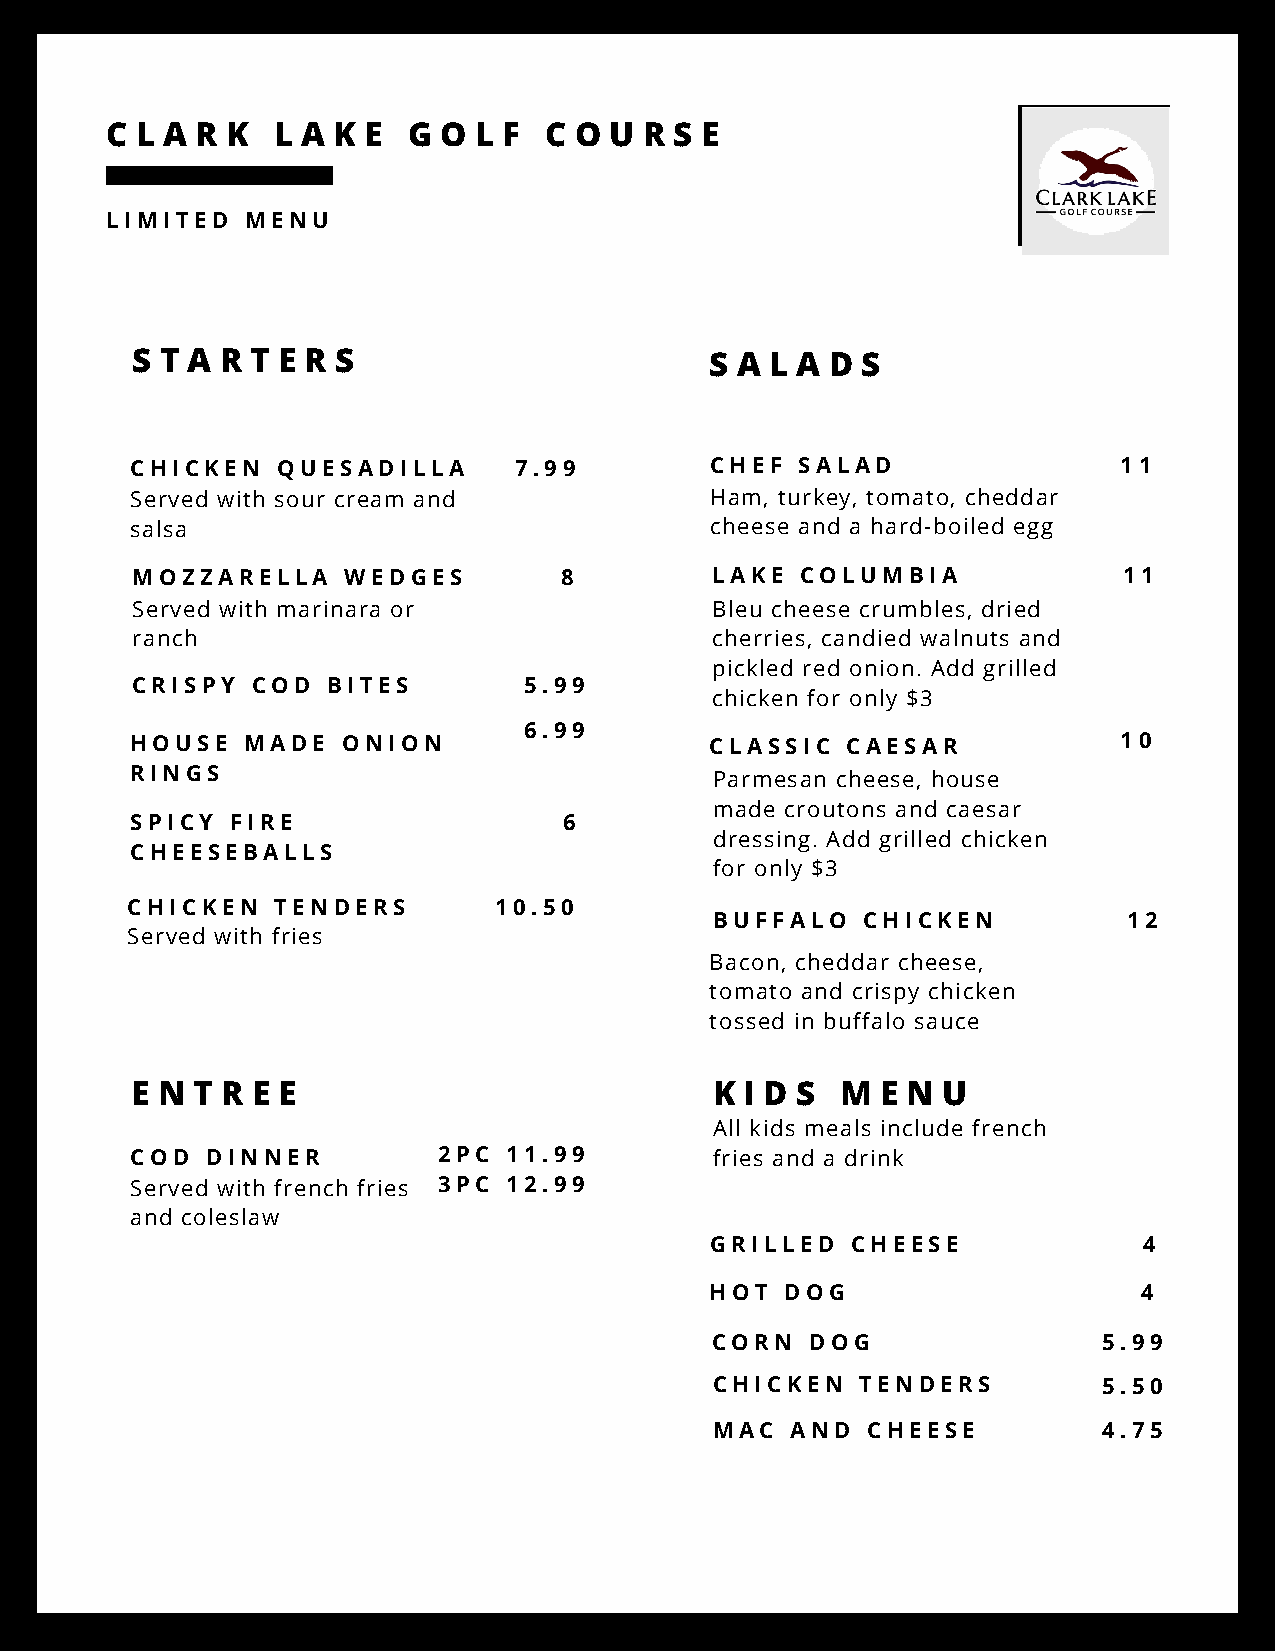
C L A R K  L A K E  G O L F  C O U  R S E
 LIMITED  MENU
 S T A R T E R S                       S A L A D S
 CHICKEN  QUESADILLA      7.99         CHEF  SALAD                11
 Served with sour cream and            Ham, turkey, tomato, cheddar
 salsa                                 cheese and a hard-boiled egg
 MOZZARELLA    WEDGES        8         LAKE  COLUMBIA             11
 Served with marinara or               Bleu cheese crumbles, dried
 ranch                                 cherries, candied walnuts and
 pickled red onion. Add grilled
 CRISPY  COD  BITES        5.99
 chicken for only $3
 6.99
 HOUSE  MADE   ONION                   CLASSIC  CAESAR            10
 RINGS                                 Parmesan cheese, house
 made croutons and caesar
 SPICY FIRE                  6
 dressing. Add grilled chicken
 CHEESEBALLS
 for only $3
 CHICKEN   TENDERS        10.50
 BUFFALO   CHICKEN           12
 Served with fries
 Bacon, cheddar cheese,
 tomato and crispy chicken
 tossed in buffalo sauce
 E N T R E E                           K I D S  M E N U
 All kids meals include french
 COD  DINNER         2PC  11.99        fries and a drink
 Served with french fries 3PC 12.99
 and coleslaw
 GRILLED  CHEESE              4
 HOT  DOG                     4
 CORN   DOG                5.99
 CHICKEN   TENDERS         5.50
 MAC  AND  CHEESE          4.75